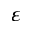
\varepsilon